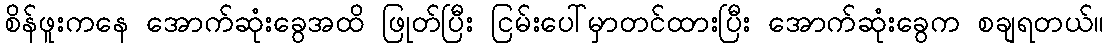
စိန်ဖူးကနေ အောက်ဆုံးခွေအထိ ဖြုတ်ပြီး ငြမ်းပေါ်မှာတင်ထားပြီး အောက်ဆုံးခွေက စချရတယ်။